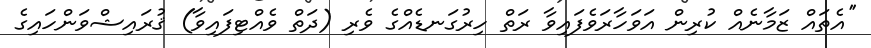
''އެތައް ޒަމާނެއް ކުރިން އަވަހާރަވެފައިވާ ރަތް ހިރުގަނޑެއްގެ ވެރި (ދަތް ވެއްޓިފައިވާ) ޤުރައިޝްވަންހައިގެ